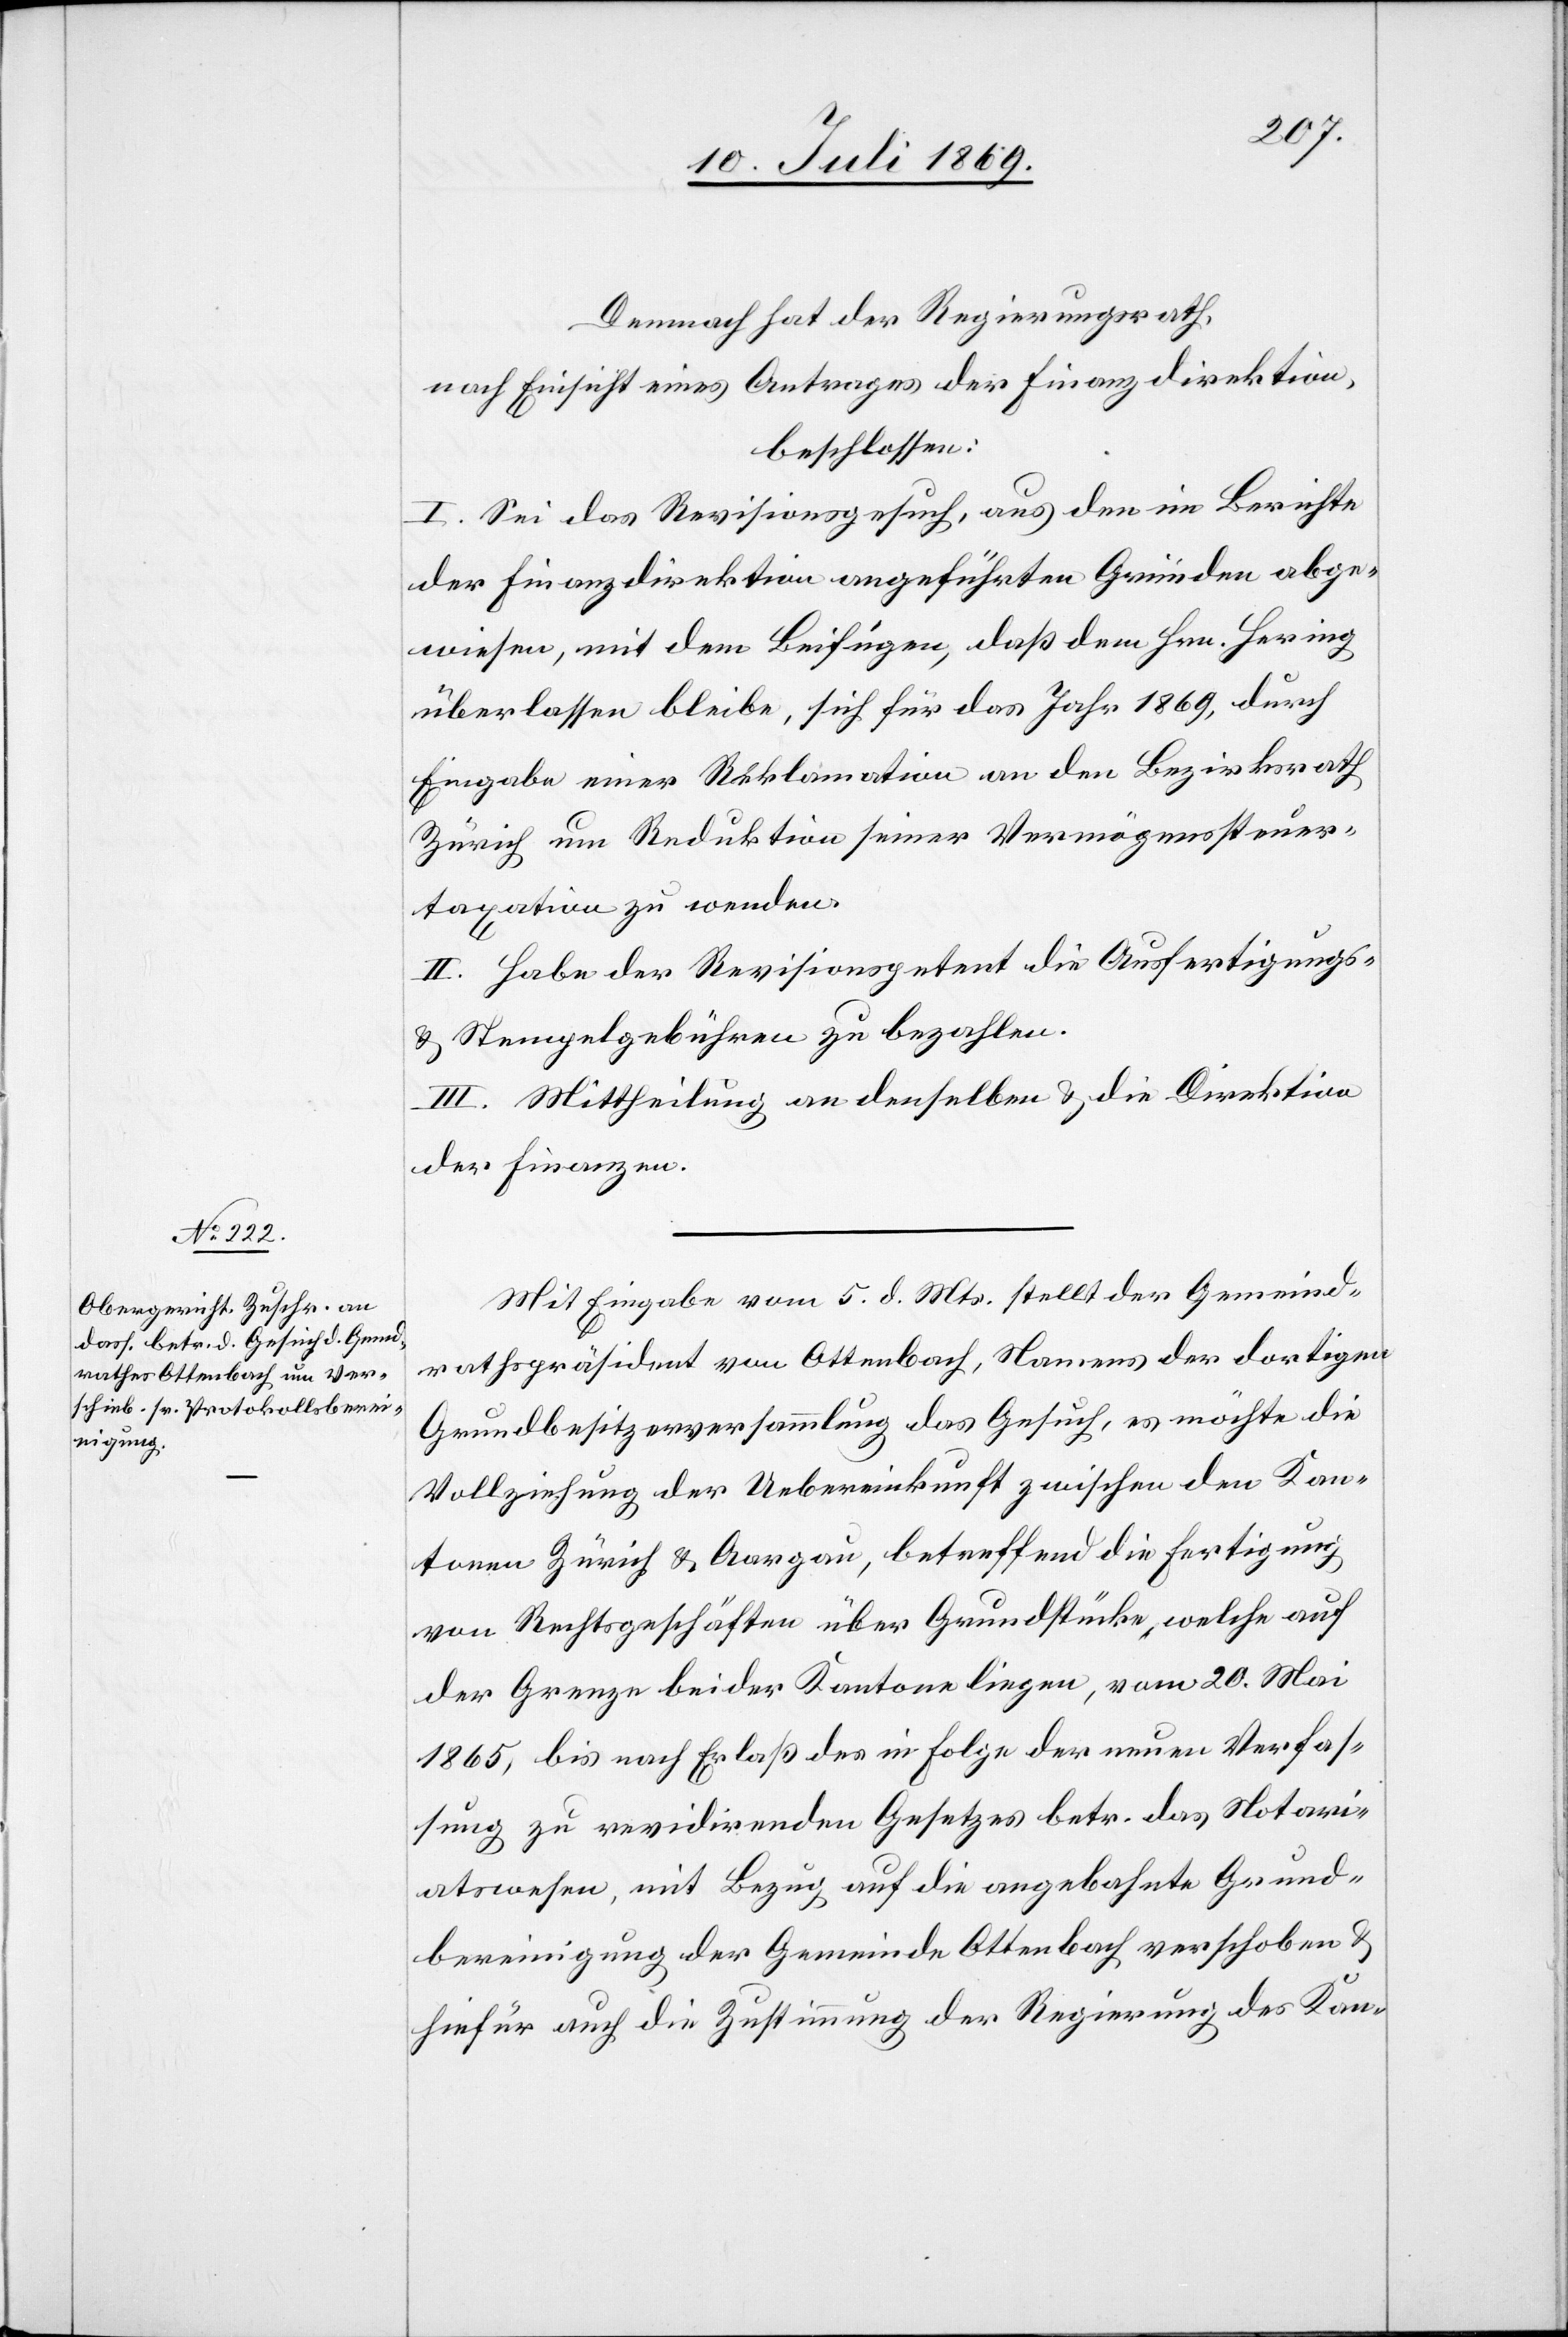
Demnach hat der Regierungsrath,
nach Einsicht eines Antrages der Finanzdirektion,
beschlossen:
I. Sei das Revisionsgesuch, aus den im Berichte
der Finanzdirektion angeführten Gründen abge¬
wiesen, mit dem Beifügen, daß dem Hrn. Hering
überlassen bleibe, sich für das Jahr 1869, durch
Eingabe einer Reklamation an den Bezirksrath
Zürich um Reduktion seiner Vermögenssteuer¬
taxation zu wenden.
II. Habe der Revisionspetent die Ausfertigungs-
u. Stempelgebühren zu bezahlen.
III. Mittheilung an denselben u. die Direktion
der Finanzen.
Mit Eingabe vom 5 d. Mts. stellt der Gemeind¬
rathspräsident von Ottenbach, Namens der dortigen
Grundbesitzerversammlung das Gesuch, es möchte die
Vollziehung der Uebereinkunft zwischen den Kan¬
tonen Zürich u. Aargau, betreffend die Fertigung
von Rechtsgeschäften über Grundstücke, welche auf
der Grenze beider Kantone liegen, vom 20 Mai
1865, bis nach Erlaß des in Folge der neuen Verhaf¬
tung zu revidirenden Gesetzes betr. das Notari¬
atswesen, mit Bezug auf die angebahnte Grund¬
bereinigung der Gemeinde Ottenbach verschoben u.
hiefür auch die Zustimmung der Regierung des Kan-